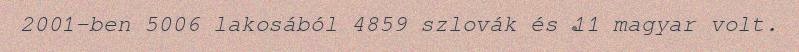
2001-ben 5006 lakosából 4859 szlovák és 11 magyar volt.